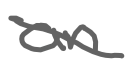
Text: an
Cross-out: diagonal
Writing tool: digital_gray